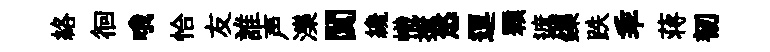
絡徊哦恰友誰声濼闃纔幟摭悠逗顆遮鑠跌乖蒋韧